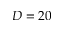
D = 2 0